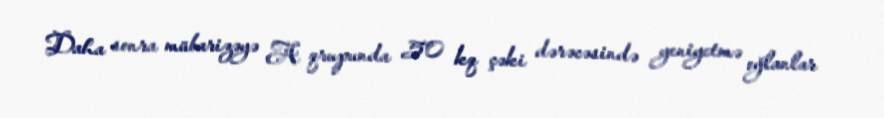
Daha sonra mübarizəyə A qrupunda 50 kq çəki dərəcəsində yeniyetmə oğlanlar